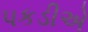
પકડીએ